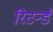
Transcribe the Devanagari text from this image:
रिटर्न्ड